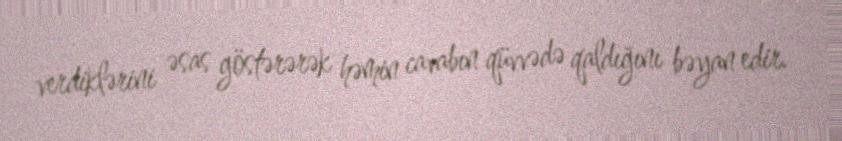
verdiklərini əsas göstərərək həmin cavabın qüvvədə qaldığını bəyan edir.